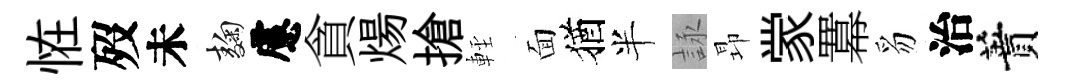
恠歿未麹慮貪煬搶䡖面猶半詠昻䝉羃豸治蕡